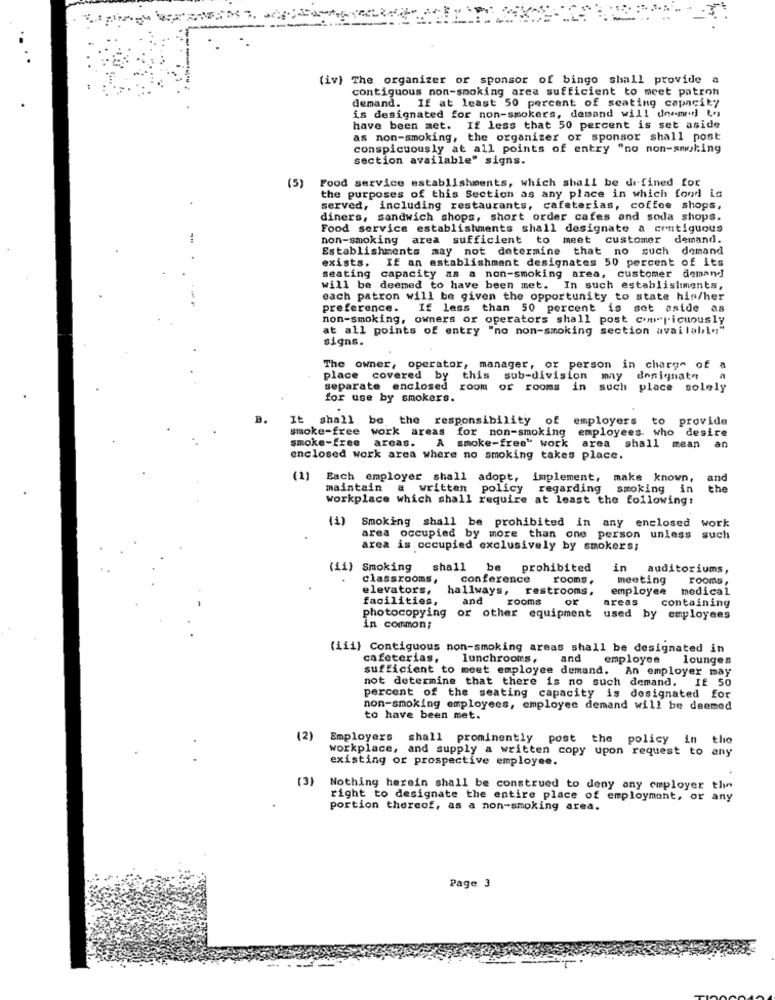
(iv) The organizer or sponsor of bingo shall provide a
contiguous non-smoking area sufficient to meet patron
demand. If at least 50 percent of seating capacity
is designated for non-smokers, demand will dnemed] (.)
have been met. If less that 50 percent is set aside
as non-smoking, the organizer or sponsor shall post
conspicuously at all points of entry "no non-smoking
section available" signs.
(5)
Food service establishments, which shall be defined for
the purposes of this Section as any place in which food is
served, including restaurants, cafeterias, coffee shops,
diners, sandwich shops, short order cafes and soda shops.
Food service establishments shall designate a contiguous
non-smoking area sufficient to meet customer demand.
Establishments may not determine that no such demand
exists.
If an establishment designates 50 percent of its
seating capacity as a non-smoking area, customer demand
will be deemed to have been met. In such establishments,
each patron will be given the opportunity to state his/her
preference.
If less than 50 percent is set aside as
non-smoking, owners or operators shall post com"ricuously
at all points of entry "no non-smoking section available'
signs.
The owner, operator, manager, or person in charge of
place covered by this sub-division may donignate
separate enclosed
separate enclosed room or rooms in such place sole
place solely
for use by smokers.
B.
shall be the responsibility of
employers
to
provide
smoke-free work areas for non-smoking employees who desire
desire
smoke-free
areas.
an
A smoke-free" work area shall mean
enclosed work area where no smoking takes place.
(1)
Each employer shall adopt, implement, make known,
and
maintain a written policy
policy regarding
smoking
in
the
workplace which shall require at least the following:
Smoking shall be prohibited in any enclosed
work
area occupied by more than one person unless
such
area is occupied exclusively by smokers;
(ii) Smoking
shall
be prohibited
in
auditoriums,
classrooms,
conference
rooms,
meeting
rooms,
elevators,
hallways,
restrooms.
employee medical
facilities,
and
rooms
or
areas
containing
photocopying
or other equipment used b
used by employees
in common;
(iii) Contiguous non-smoking areas shall be designated in
cafeterias,
lunchrooms,
and
employee lounges
sufficient to meet employee demand. An employer may
not determine that there is no such demand. If 50
percent of the seating capacity is designated for
non-smoking employees, employee demand will be deemed
to have been met.
(2)
Employers shall prominently post the policy
workplace, and supply a written copy upon request to any
existing or prospective employee.
(3)
Nothing herein shall be construed to deny any employer the
right to designate the entire place of employment, or any
portion thereof, as a non-smoking area.
Page 3